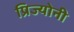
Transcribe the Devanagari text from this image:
प्रिज्योनी